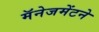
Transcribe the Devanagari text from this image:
मॅनेजमेंटने